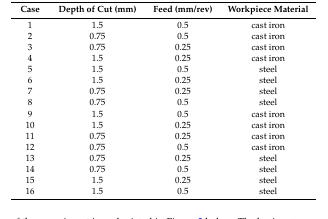
| Case | Depth of Cut (mm) | Feed (mm/rev) | Workpiece Material |
 | --- | --- | --- | --- |
 | 1 | 1.5 | 0.5 | cast iron |
 | 2 | 0.75 | 0.5 | cast iron |
 | 3 | 0.75 | 0.25 | cast iron |
 | 4 | 1.5 | 0.25 | cast iron |
 | 5 | 1.5 | 0.5 | steel |
 | 6 | 1.5 | 0.25 | steel |
 | 7 | 0.75 | 0.25 | steel |
 | 8 | 0.75 | 0.5 | steel |
 | 9 | 1.5 | 0.5 | cast iron |
 | 10 | 1.5 | 0.25 | cast iron |
 | 11 | 0.75 | 0.25 | cast iron |
 | 12 | 0.75 | 0.5 | cast iron |
 | 13 | 0.75 | 0.25 | steel |
 | 14 | 0.75 | 0.5 | steel |
 | 15 | 1.5 | 0.25 | steel |
 | 16 | 1.5 | 0.5 | steel |